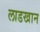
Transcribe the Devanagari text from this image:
लाडखान